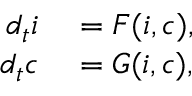
\begin{array} { r l } { d _ { t } \boldsymbol { i } } & { { } = \boldsymbol { F } ( \boldsymbol { i } , \boldsymbol { c } ) , } \\ { d _ { t } \boldsymbol { c } } & { { } = \boldsymbol { G } ( \boldsymbol { i } , \boldsymbol { c } ) , } \end{array}